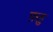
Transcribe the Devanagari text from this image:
फ़्लु